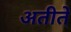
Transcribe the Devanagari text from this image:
अतीते